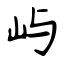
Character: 屿